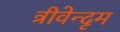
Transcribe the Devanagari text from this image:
त्रीवेन्दृम